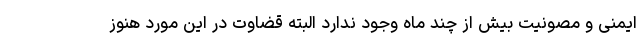
ایمنی و مصونیت بیش از چند ماه وجود ندارد البته قضاوت در این مورد هنوز